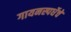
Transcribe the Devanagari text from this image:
गायनस्पर्धेचे